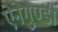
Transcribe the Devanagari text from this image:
ऐनेगुण्डी